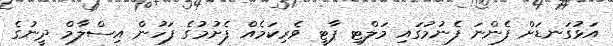
އަޅުގަނޑަށް ފެންނަ ފެނުމުގައި މަލްޓި ޕާޓީ ވެރިކަމެއް ފެށުމުގެ ފަހުން އިސްލާމް ދީނުގެ